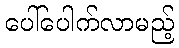
ပေါ်ပေါက်လာမည့်